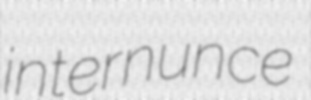
internunce